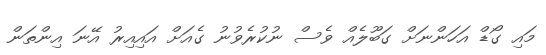
މައި ގޯޑް އަހަންނަށް ގަބޫލެއް ވެސް ނުކުރެވުނު ގެއަށް އައިއިރު އޭނަ އިންތަން